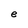
Character: e